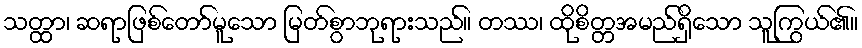
သတ္ထာ၊ ဆရာဖြစ်တော်မူသော မြတ်စွာဘုရားသည်။ တဿ၊ ထိုစိတ္တအမည်ရှိသော သူကြွယ်၏။